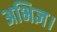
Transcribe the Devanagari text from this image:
अभिज्ञ।